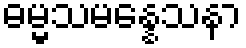
ဓမ္မသမန္နေသနာ